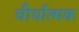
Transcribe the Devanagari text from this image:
वीर्यात्मक